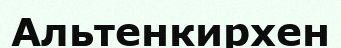
Альтенкирхен